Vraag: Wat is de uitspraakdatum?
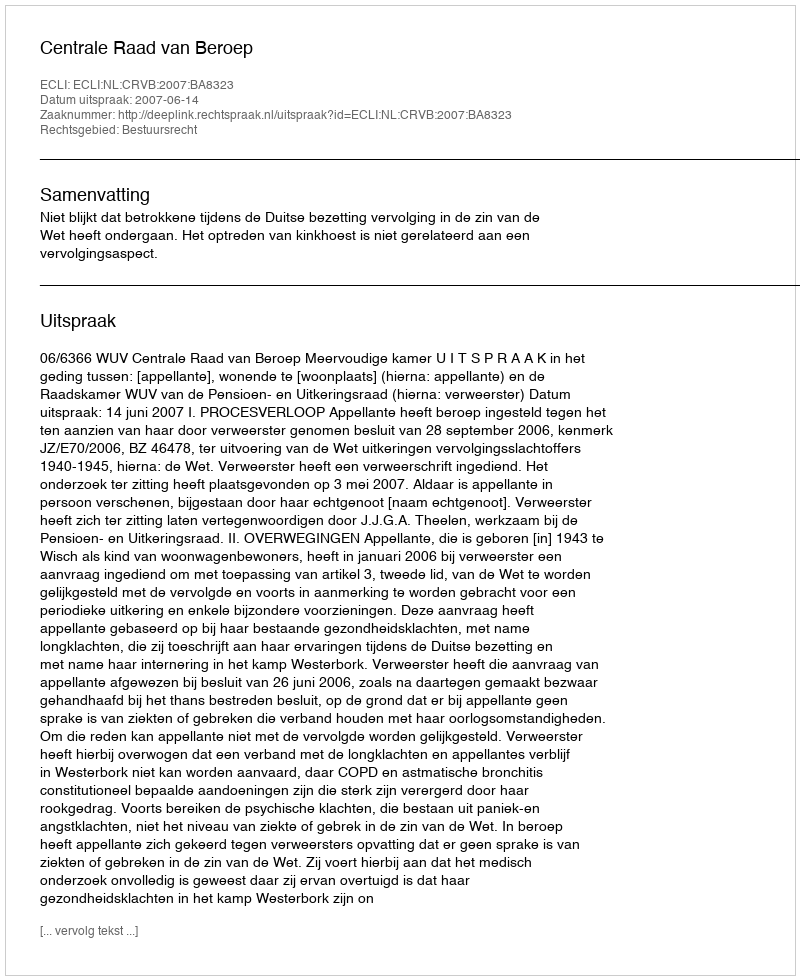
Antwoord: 2007-06-14